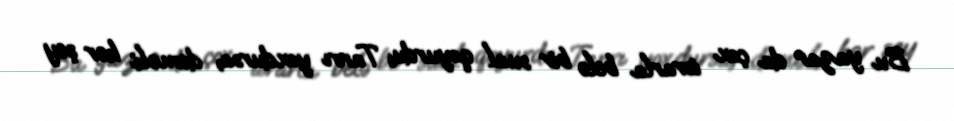
Bu yazar da çox israrla belə bir sual qoyurdu; Tanrı yoxdursa, deməli hər şey